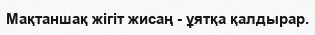
Мақтаншақ жігіт жисаң - ұятқа қалдырар.